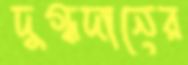
দুগ্ধদানের